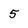
Character: 5